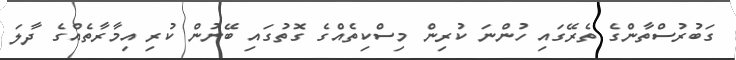
ގަބުރުސްތާންގެ ތެރޭގައި ހުންނަ ކުރިން މިސްކިތެއްގެ ގޮތުގައި ބޭނުން ކުރި އިމާރާތެއްގެ ދާލަ